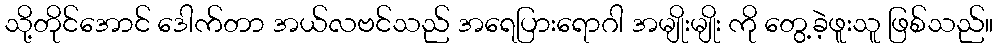
သို့တိုင်အောင် ဒေါက်တာ အယ်လဗင်သည် အရေပြားရောဂါ အမျိုးမျိုး ကို တွေ့ခဲ့ဖူးသူ ဖြစ်သည်။